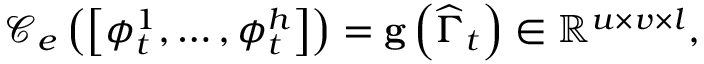
\begin{array} { r } { \mathcal { C } _ { e } \left( \left[ \phi _ { t } ^ { 1 } , \ldots , \phi _ { t } ^ { h } \right] \right) = \mathbf { g } \left( \widehat { \Gamma } _ { t } \right) \in \mathbb { R } ^ { u \times v \times l } , } \end{array}